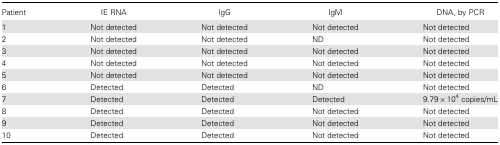
<table><thead><tr><td><b>Patient</b></td><td><b>IE RNA</b></td><td><b>IgG</b></td><td><b>IgM</b></td><td><b>DNA, by PCR</b></td></tr></thead><tbody><tr><td>1</td><td>Not detected</td><td>Not detected</td><td>Not detected</td><td>Not detected</td></tr><tr><td>2</td><td>Not detected</td><td>Not detected</td><td>ND</td><td>Not detected</td></tr><tr><td>3</td><td>Not detected</td><td>Not detected</td><td>Not detected</td><td>Not detected</td></tr><tr><td>4</td><td>Not detected</td><td>Not detected</td><td>Not detected</td><td>Not detected</td></tr><tr><td>5</td><td>Not detected</td><td>Not detected</td><td>Not detected</td><td>Not detected</td></tr><tr><td>6</td><td>Detected</td><td>Detected</td><td>ND</td><td>Not detected</td></tr><tr><td>7</td><td>Detected</td><td>Detected</td><td>Detected</td><td>9.79 × 10<sup>4</sup> copies/mL</td></tr><tr><td>8</td><td>Detected</td><td>Detected</td><td>Not detected</td><td>Not detected</td></tr><tr><td>9</td><td>Detected</td><td>Detected</td><td>Not detected</td><td>Not detected</td></tr><tr><td>10</td><td>Detected</td><td>Detected</td><td>Not detected</td><td>Not detected</td></tr></tbody></table>